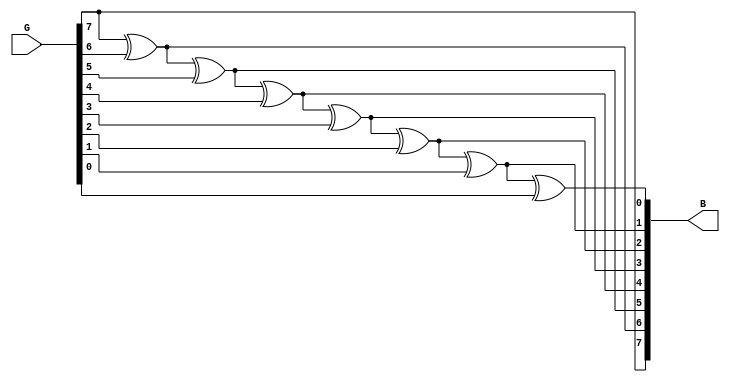
module graytobinary(G,B);
input [7:0]G;
output reg[7:0]B;
integer i;
always@(*)
begin
B[7]=G[7];
for(i=6;i>=0;i=i-1)
begin
B[i]=B[i+1]^G[i];
end
end
endmodule